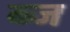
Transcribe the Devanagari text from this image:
ब्ज